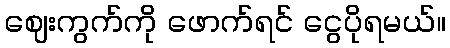
ဈေးကွက်ကို ဖောက်ရင် ငွေပိုရမယ်။